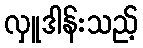
လှူဒါန်းသည့်